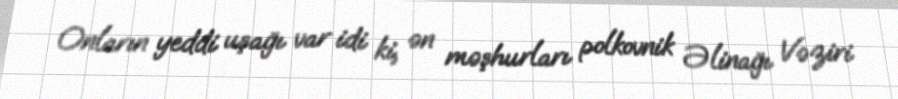
Onların yeddi uşağı var idi ki, ən məşhurları polkovnik Əlinağı Vəziri